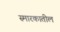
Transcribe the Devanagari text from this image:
स्मारकातील